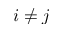
i \neq j